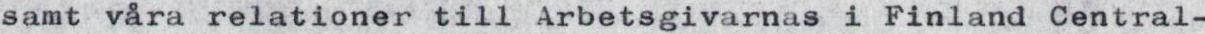
samt våra relationer till Arbetsgivarnas i Finland Central-